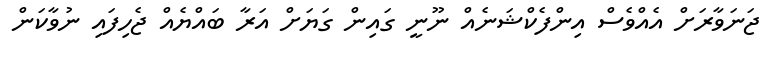
ޖަނަވާރަށް އެއްވެސް އިންފެކްޝަނެއް ނޫނީ ގައިން ގަޔަށް އަރާ ބައްޔެއް ޖެހިފައި ނުވާކަން